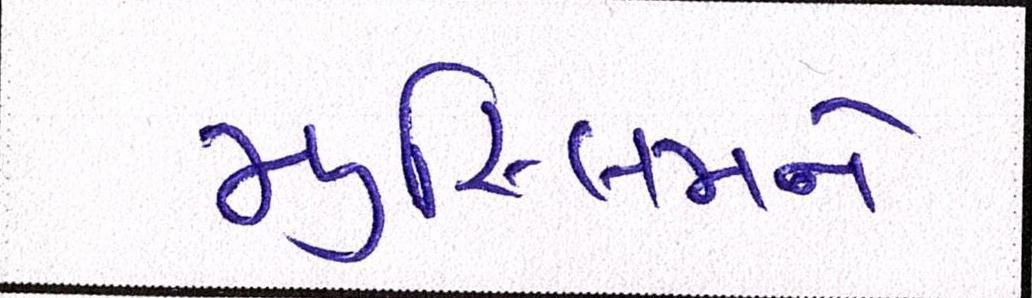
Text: મુસ્લિમને